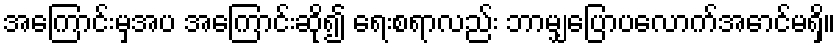
အကြောင်းမှအပ အကြောင်းဆို၍ ရေးစရာလည်း ဘာမျှပြောပလောက်အောင်မရှိ။